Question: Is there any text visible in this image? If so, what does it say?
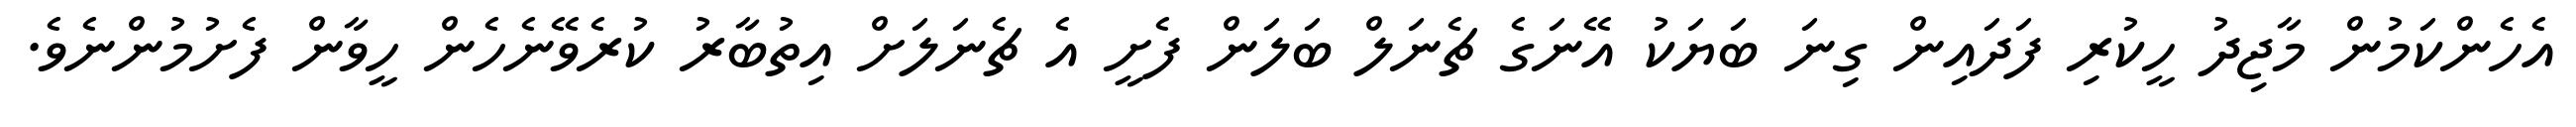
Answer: އެހެންކަމުން މާޖިދު ހީކުރި ފަދައިން ގިނަ ބަޔަކު އޭނަގެ ޗެނަލް ބަލަން ފެށީ އެ ޗެނަލަށް އިތުބާރު ކުރެވޭނެހެން ހީވާން ފެށުމުންނެވެ.